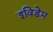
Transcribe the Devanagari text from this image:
इविडेम